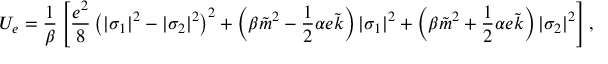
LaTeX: U _ { e } = \frac { 1 } { \beta } \left[ \frac { e ^ { 2 } } { 8 } \left( | \sigma _ { 1 } | ^ { 2 } - | \sigma _ { 2 } | ^ { 2 } \right) ^ { 2 } + \left( \beta \tilde { m } ^ { 2 } - \frac { 1 } { 2 } \alpha e \tilde { k } \right) | \sigma _ { 1 } | ^ { 2 } + \left( \beta \tilde { m } ^ { 2 } + \frac { 1 } { 2 } \alpha e \tilde { k } \right) | \sigma _ { 2 } | ^ { 2 } \right] ,